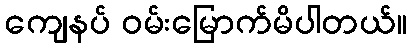
ကျေနပ် ဝမ်းမြောက်မိပါတယ်။